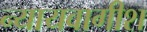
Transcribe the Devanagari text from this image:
न्यायवागीश